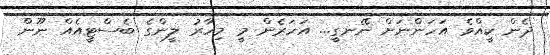
ދެން ކީއްވެ އަހަންނަށް ނޭނގީ... އަހަރެން މީ މިހާރު ލީންގެ ބެސްޓީއެއް ނޫން